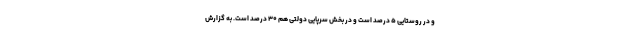
و در روستایی ۵ درصد است و در بخش سرپایی دولتی هم ۳۰ درصد است. به گزارش